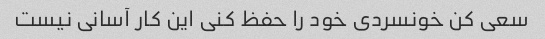
سعی کن خونسردی خود را حفظ کنی این کار آسانی نیست